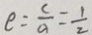
e = \frac { c } { a } = \frac { 1 } { 2 }